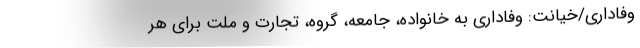
وفاداری/خیانت: وفاداری به خانواده، جامعه، گروه، تجارت و ملت برای هر